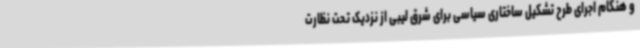
و هنگام اجرای طرح تشکیل ساختاری سیاسی برای شرق لیبی از نزدیک تحت نظارت